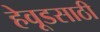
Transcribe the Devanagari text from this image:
हेवूडसाठी